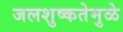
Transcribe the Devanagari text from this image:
जलशुष्कतेमुळे